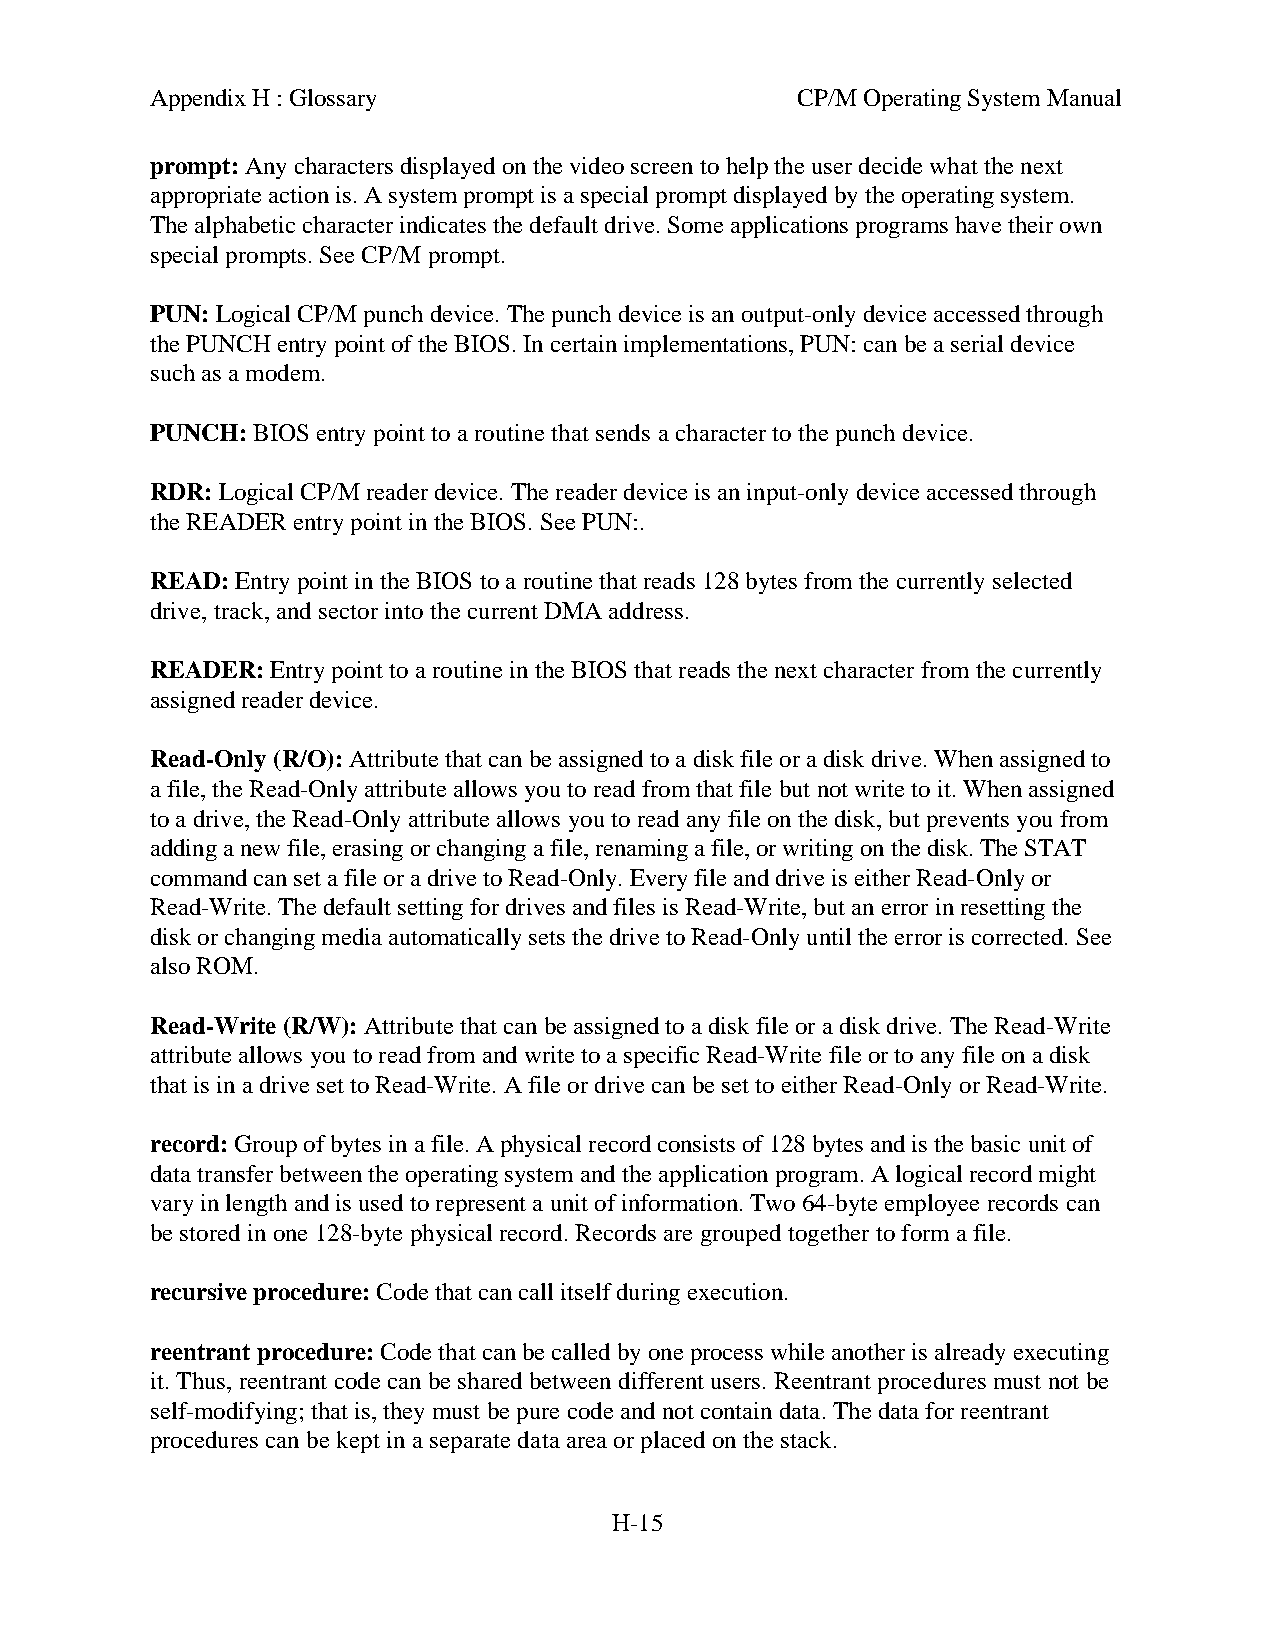
Appendix H : Glossary                      CP/M Operating System Manual
 prompt: Any characters displayed on the video screen to help the user decide what the next
 appropriate action is. A system prompt is a special prompt displayed by the operating system.
 The alphabetic character indicates the default drive. Some applications programs have their own
 special prompts. See CP/M prompt.
 PUN: Logical CP/M punch device. The punch device is an output-only device accessed through
 the PUNCH entry point of the BIOS. In certain implementations, PUN: can be a serial device
 such as a modem.
 PUNCH: BIOS entry point to a routine that sends a character to the punch device.
 RDR: Logical CP/M reader device. The reader device is an input-only device accessed through
 the READER entry point in the BIOS. See PUN:.
 READ: Entry point in the BIOS to a routine that reads 128 bytes from the currently selected
 drive, track, and sector into the current DMA address.
 READER: Entry point to a routine in the BIOS that reads the next character from the currently
 assigned reader device.
 Read-Only (R/O): Attribute that can be assigned to a disk file or a disk drive. When assigned to
 a file, the Read-Only attribute allows you to read from that file but not write to it. When assigned
 to a drive, the Read-Only attribute allows you to read any file on the disk, but prevents you from
 adding a new file, erasing or changing a file, renaming a file, or writing on the disk. The STAT
 command can set a file or a drive to Read-Only. Every file and drive is either Read-Only or
 Read-Write. The default setting for drives and files is Read-Write, but an error in resetting the
 disk or changing media automatically sets the drive to Read-Only until the error is corrected. See
 also ROM.
 Read-Write (R/W): Attribute that can be assigned to a disk file or a disk drive. The Read-Write
 attribute allows you to read from and write to a specific Read-Write file or to any file on a disk
 that is in a drive set to Read-Write. A file or drive can be set to either Read-Only or Read-Write.
 record: Group of bytes in a file. A physical record consists of 128 bytes and is the basic unit of
 data transfer between the operating system and the application program. A logical record might
 vary in length and is used to represent a unit of information. Two 64-byte employee records can
 be stored in one 128-byte physical record. Records are grouped together to form a file.
 recursive procedure: Code that can call itself during execution.
 reentrant procedure: Code that can be called by one process while another is already executing
 it. Thus, reentrant code can be shared between different users. Reentrant procedures must not be
 self-modifying; that is, they must be pure code and not contain data. The data for reentrant
 procedures can be kept in a separate data area or placed on the stack.
 H-15